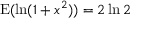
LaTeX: \operatorname { E } ( \ln ( 1 + x ^ { 2 } ) ) = 2 \ln 2